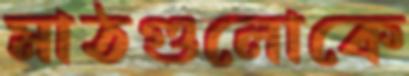
মাঠগুলোকে